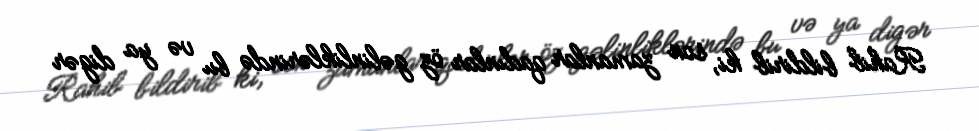
Rahib bildirib ki, son zamanlar qadınlar öz gəlinliklərində bu və ya digər